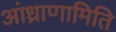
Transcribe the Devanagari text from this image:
आंध्राणामिति